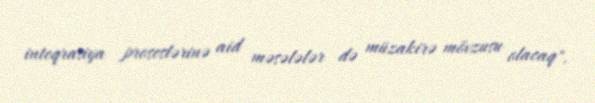
inteqrasiya proseslərinə aid məsələlər də müzakirə mövzusu olacaq".